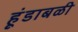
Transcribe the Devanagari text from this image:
हूंडाबळी